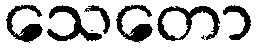
သေတော